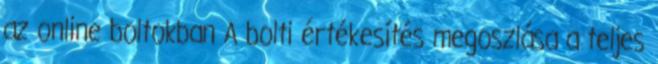
az online boltokban A bolti értékesítés megoszlása a teljes